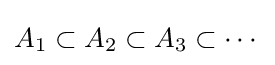
A_{1}\subset A_{2}\subset A_{3}\subset \cdots